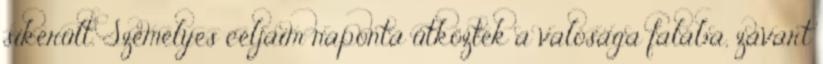
sikerült. Személyes céljaim naponta ütköztek a valósága falába, zavart